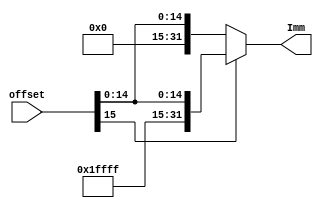
`timescale 1ns / 1ps

module SigExt(
    input [15:0] offset,
    output [31:0] Imm
    );
    assign Imm = offset[15] ? {16'hffff, offset} : {16'h0000, offset};
endmodule